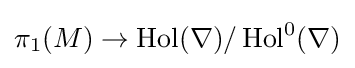
\pi _{1}(M)\to \operatorname {Hol} (\nabla )/\operatorname {Hol} ^{0}(\nabla )